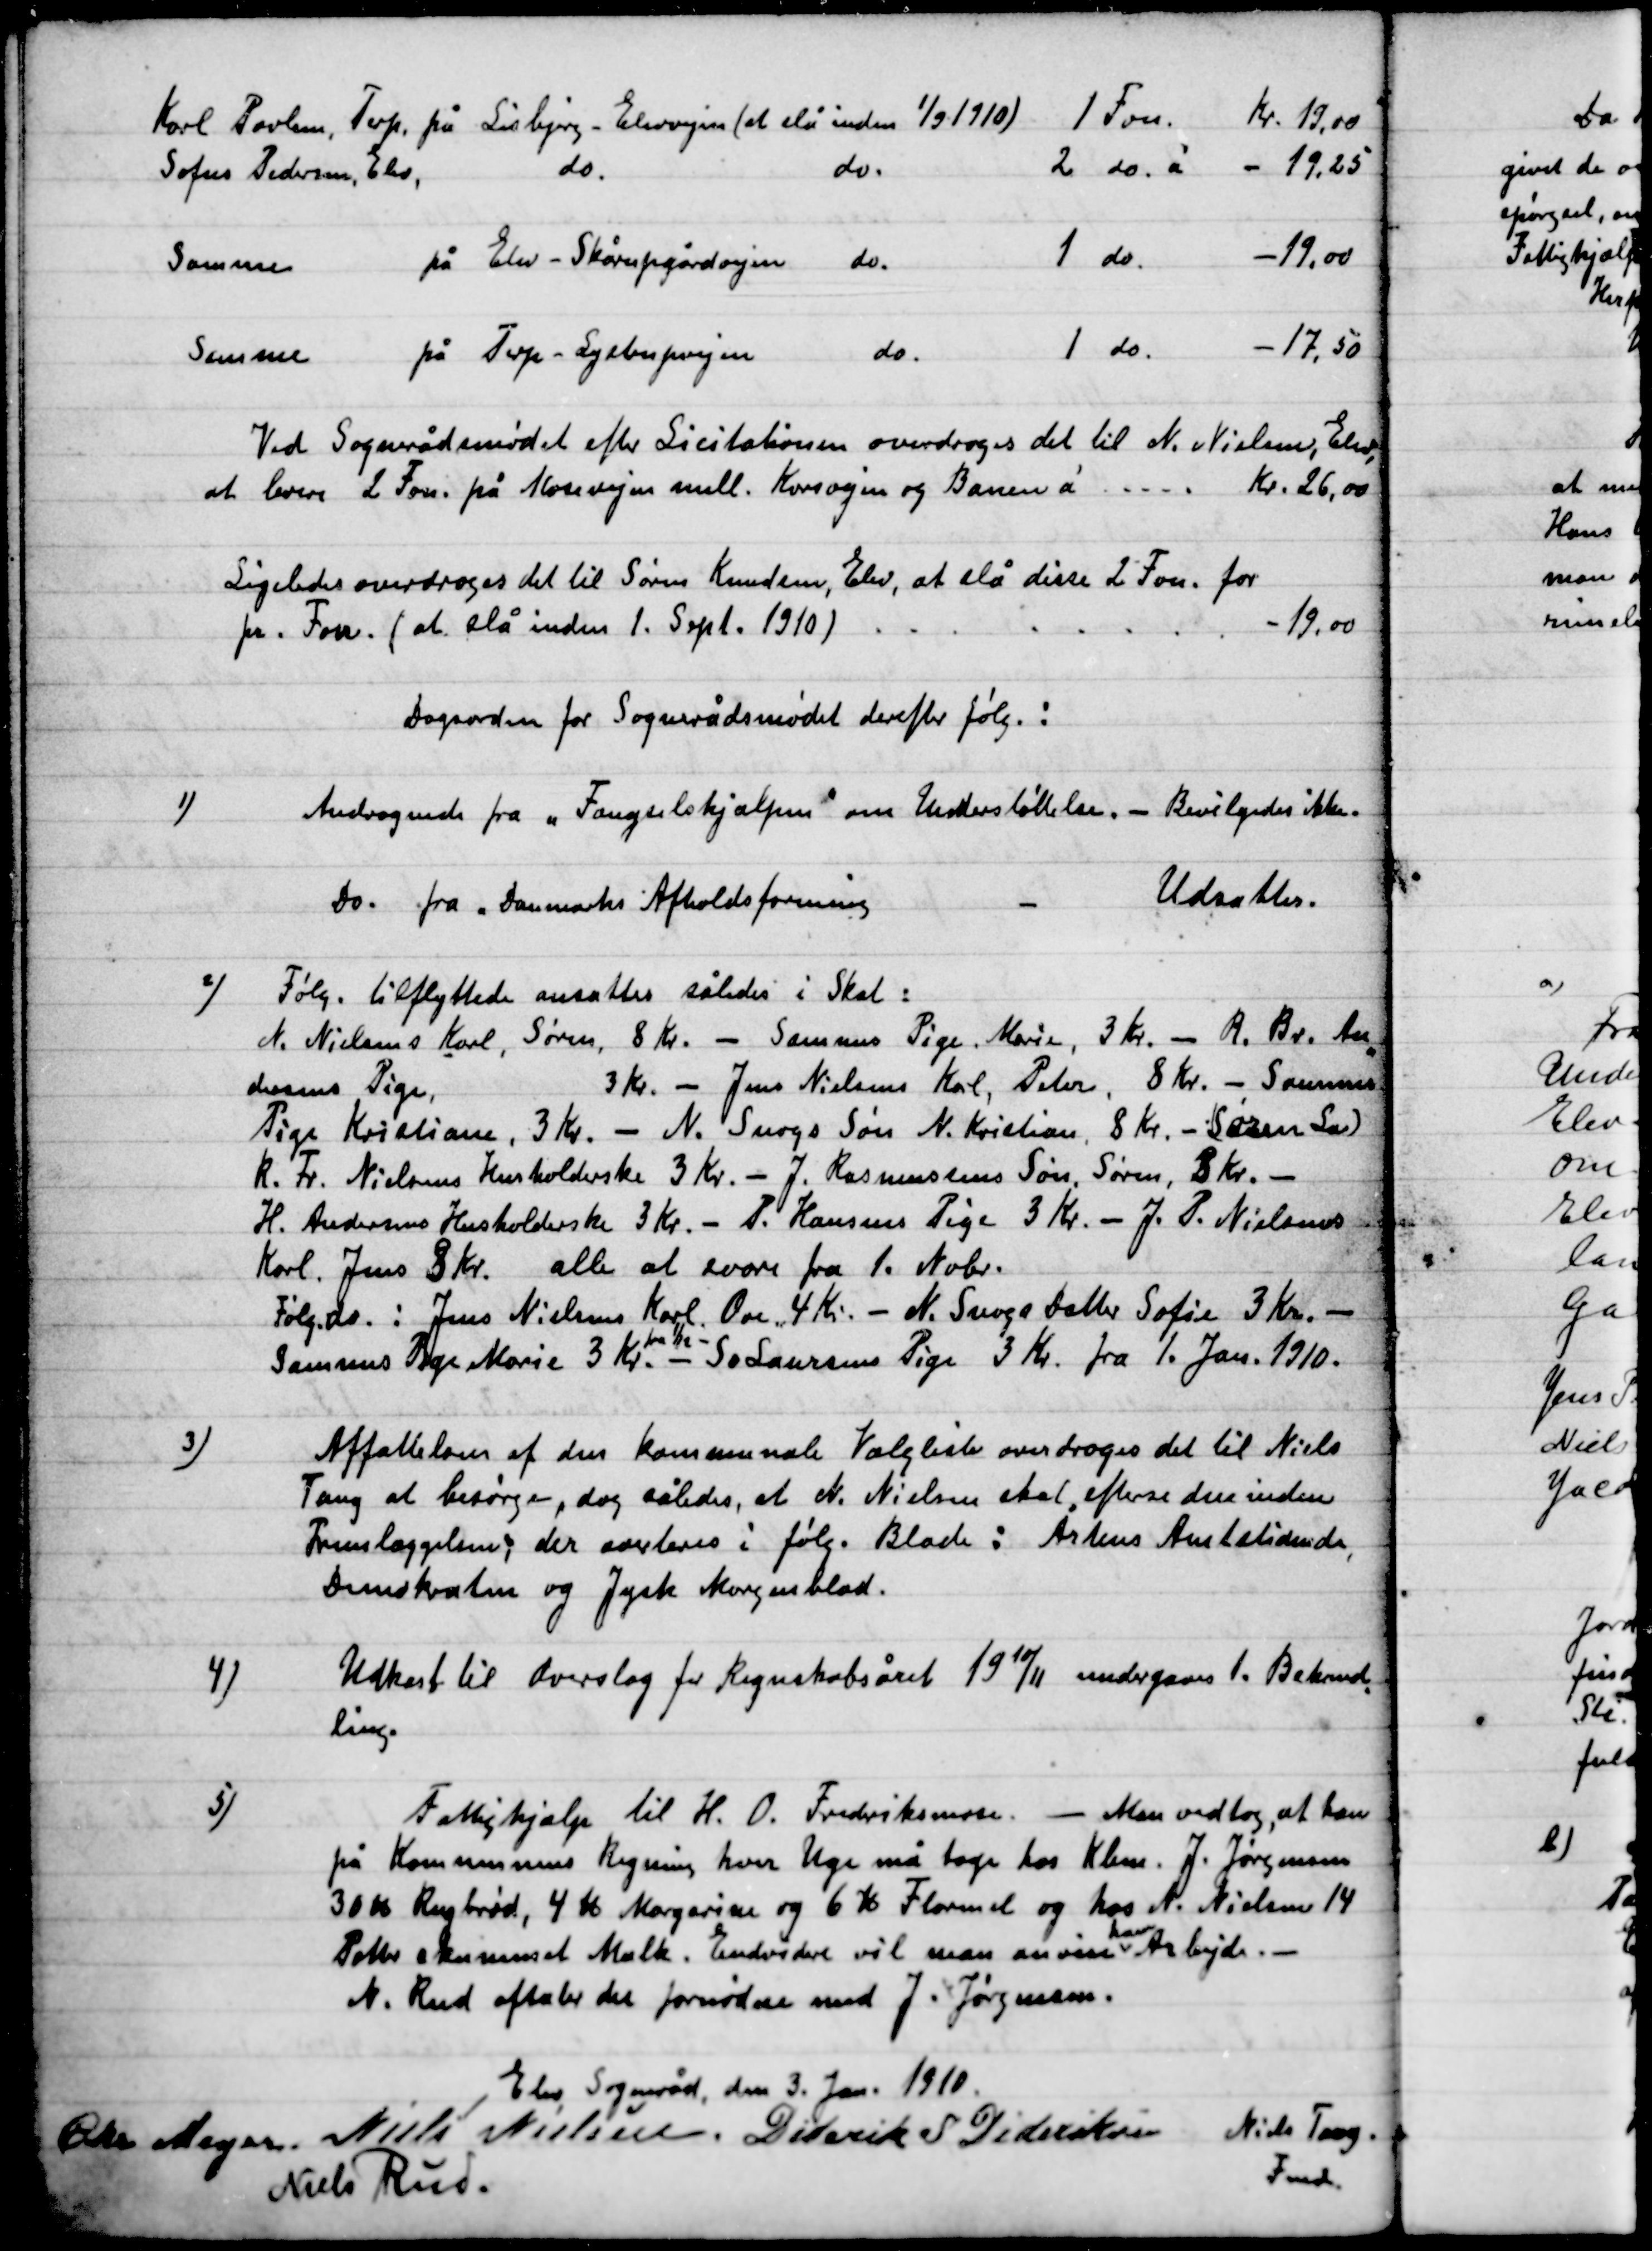
Transskription:
Dagsorden for Sognerådsmødet derefter følg. :

1)

Andragende fra ”Fængselshjælpen” om Understøttelse. - Bevilgedes ikke.
Do.
fra ,,Danmarks Afholdsforening
-
Udsattes.

2)

Følg. Tilflyttede ansattes således i Skat:
N. Nielsens Karl, Søren, 8 Kr. – Sammes Pige, Marie, 3 Kr. – R. Bv. An-
dersens Pige
3 Kr. – Jens Nielsens Karl, Peter, 8 Kr. – Sammes
Pige Kristiane, 3 Kr. – N. Snogs Søn N. Kristian, 8 Kr. – (Søren La)
R. Tr. Nielsens Husholderske 3 Kr. – J. Rasmussens Søn, Søren, 8 Kr.
H. Andersens Husholderske 3 Kr. – P. Hansens Pige 3 Kr. – J. P. Nielsens
Karl, Jens 8 Kr.
alle at svare fra 1. Nobr.
Følg. Do. : Jens Nielsens Karl Ove, 4 Kr. – N. Snogs Datter Sofie 3 Kr. – 
Sammes Pige Marie, 3 Kr. – fra 1/12 – Sø. Laurenses Pige, fra 1. Jan. 1910.

3)

Affatteloven af den kommunale valgliste overdroges det til Niels
Tang at besørge, dog således, at N. Nielsen skal aflevere den inden
Fremlæggelsen; der overlades til følg. Blade: Århus Amtstidende,
Demokraten og Jysk Morgenblad.

4)

Udkast til Overslag for Regnskabsåret 19 10/11 undergaves 1. Behand-
ling.

5)

Fattighjælp til H. O. Frederiksmose. – Man vedtog, at han
på Kommunens Regning hver Uge må tage hos Kbm. J. Jørgensen
30 Kr. rugbrød, 4 Kr. Margarine og 6 Kr. flormel og hos N. Nielsen 14
Potter skummet Mælk. Endvidere vil man anvise ham Arbejde. –
N. Rud aftaler det fornødne med J. Jørgensen.

Elev Sogneråd, den 13. Jan. 1910.

Chr. Meyer
Niels Nielsen
Diderik S. Dideriksen
Niels Rud.
Niels Tang
Fmd.